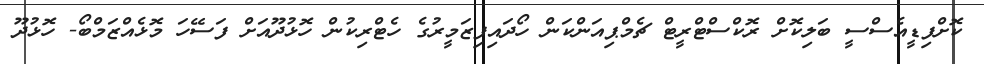
ކޮށްފިޑީއެސްސީ ބަލިކޮށް ރޮކްސްޓްރީޓް ޗެމްޕިއަންކަން ހޯދައިފިޒަމީރުގެ ހެޓްރިކުން ހޮޅުދޫއަށް ފަސޭހަ މޮޅެއްޒަމްބޯ- ހޮޅުދޫ